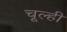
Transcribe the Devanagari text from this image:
चूल्ही